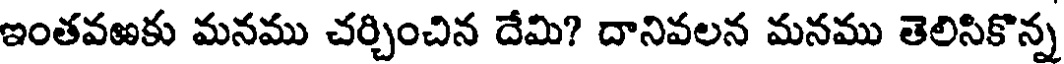
ఇంతవఱకు మనము చర్చించిన దేమి? దానివలన మనము తెలిసికొన్న